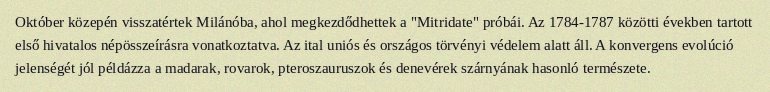
Október közepén visszatértek Milánóba, ahol megkezdődhettek a "Mitridate" próbái. Az 1784-1787 közötti években tartott első hivatalos népösszeírásra vonatkoztatva. Az ital uniós és országos törvényi védelem alatt áll. A konvergens evolúció jelenségét jól példázza a madarak, rovarok, pteroszauruszok és denevérek szárnyának hasonló természete.